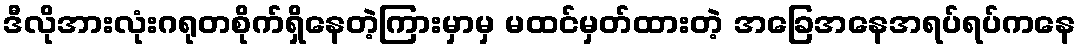
ဒီလိုအားလုံးဂရုတစိုက်ရှိနေတဲ့ကြားမှာမှ မထင်မှတ်ထားတဲ့ အခြေအနေအရပ်ရပ်ကနေ